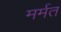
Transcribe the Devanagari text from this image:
मर्मत